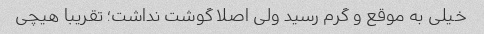
خیلی به موقع و گرم رسید ولی اصلا گوشت نداشت؛ تقریبا هیچی